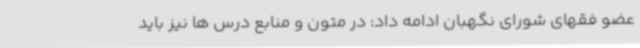
عضو فقهای شورای نگهبان ادامه داد: در متون و منابع درس ها نیز باید